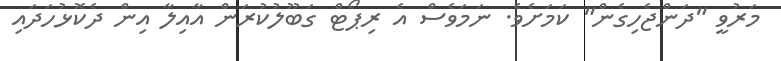
މަރުވީ "ދަންޖެހިގެން" ކަމަށެވެ. ނަމަވެސް އެ ރިޕޯޓް ގަބޫލުކުރަން އާއިލާ އިން ދެކޮޅުހަދައި